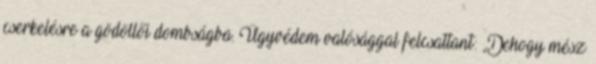
cserkelésre a gödöllői dombság­ba. Ügyvédem valósággal felcsattant: „Dehogy mész